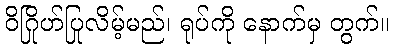
ဝိဂြိုဟ်ပြုလိမ့်မည်၊ ရုပ်ကို နောက်မှ တွက်။